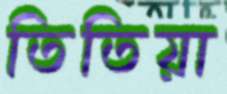
তিতিয়া